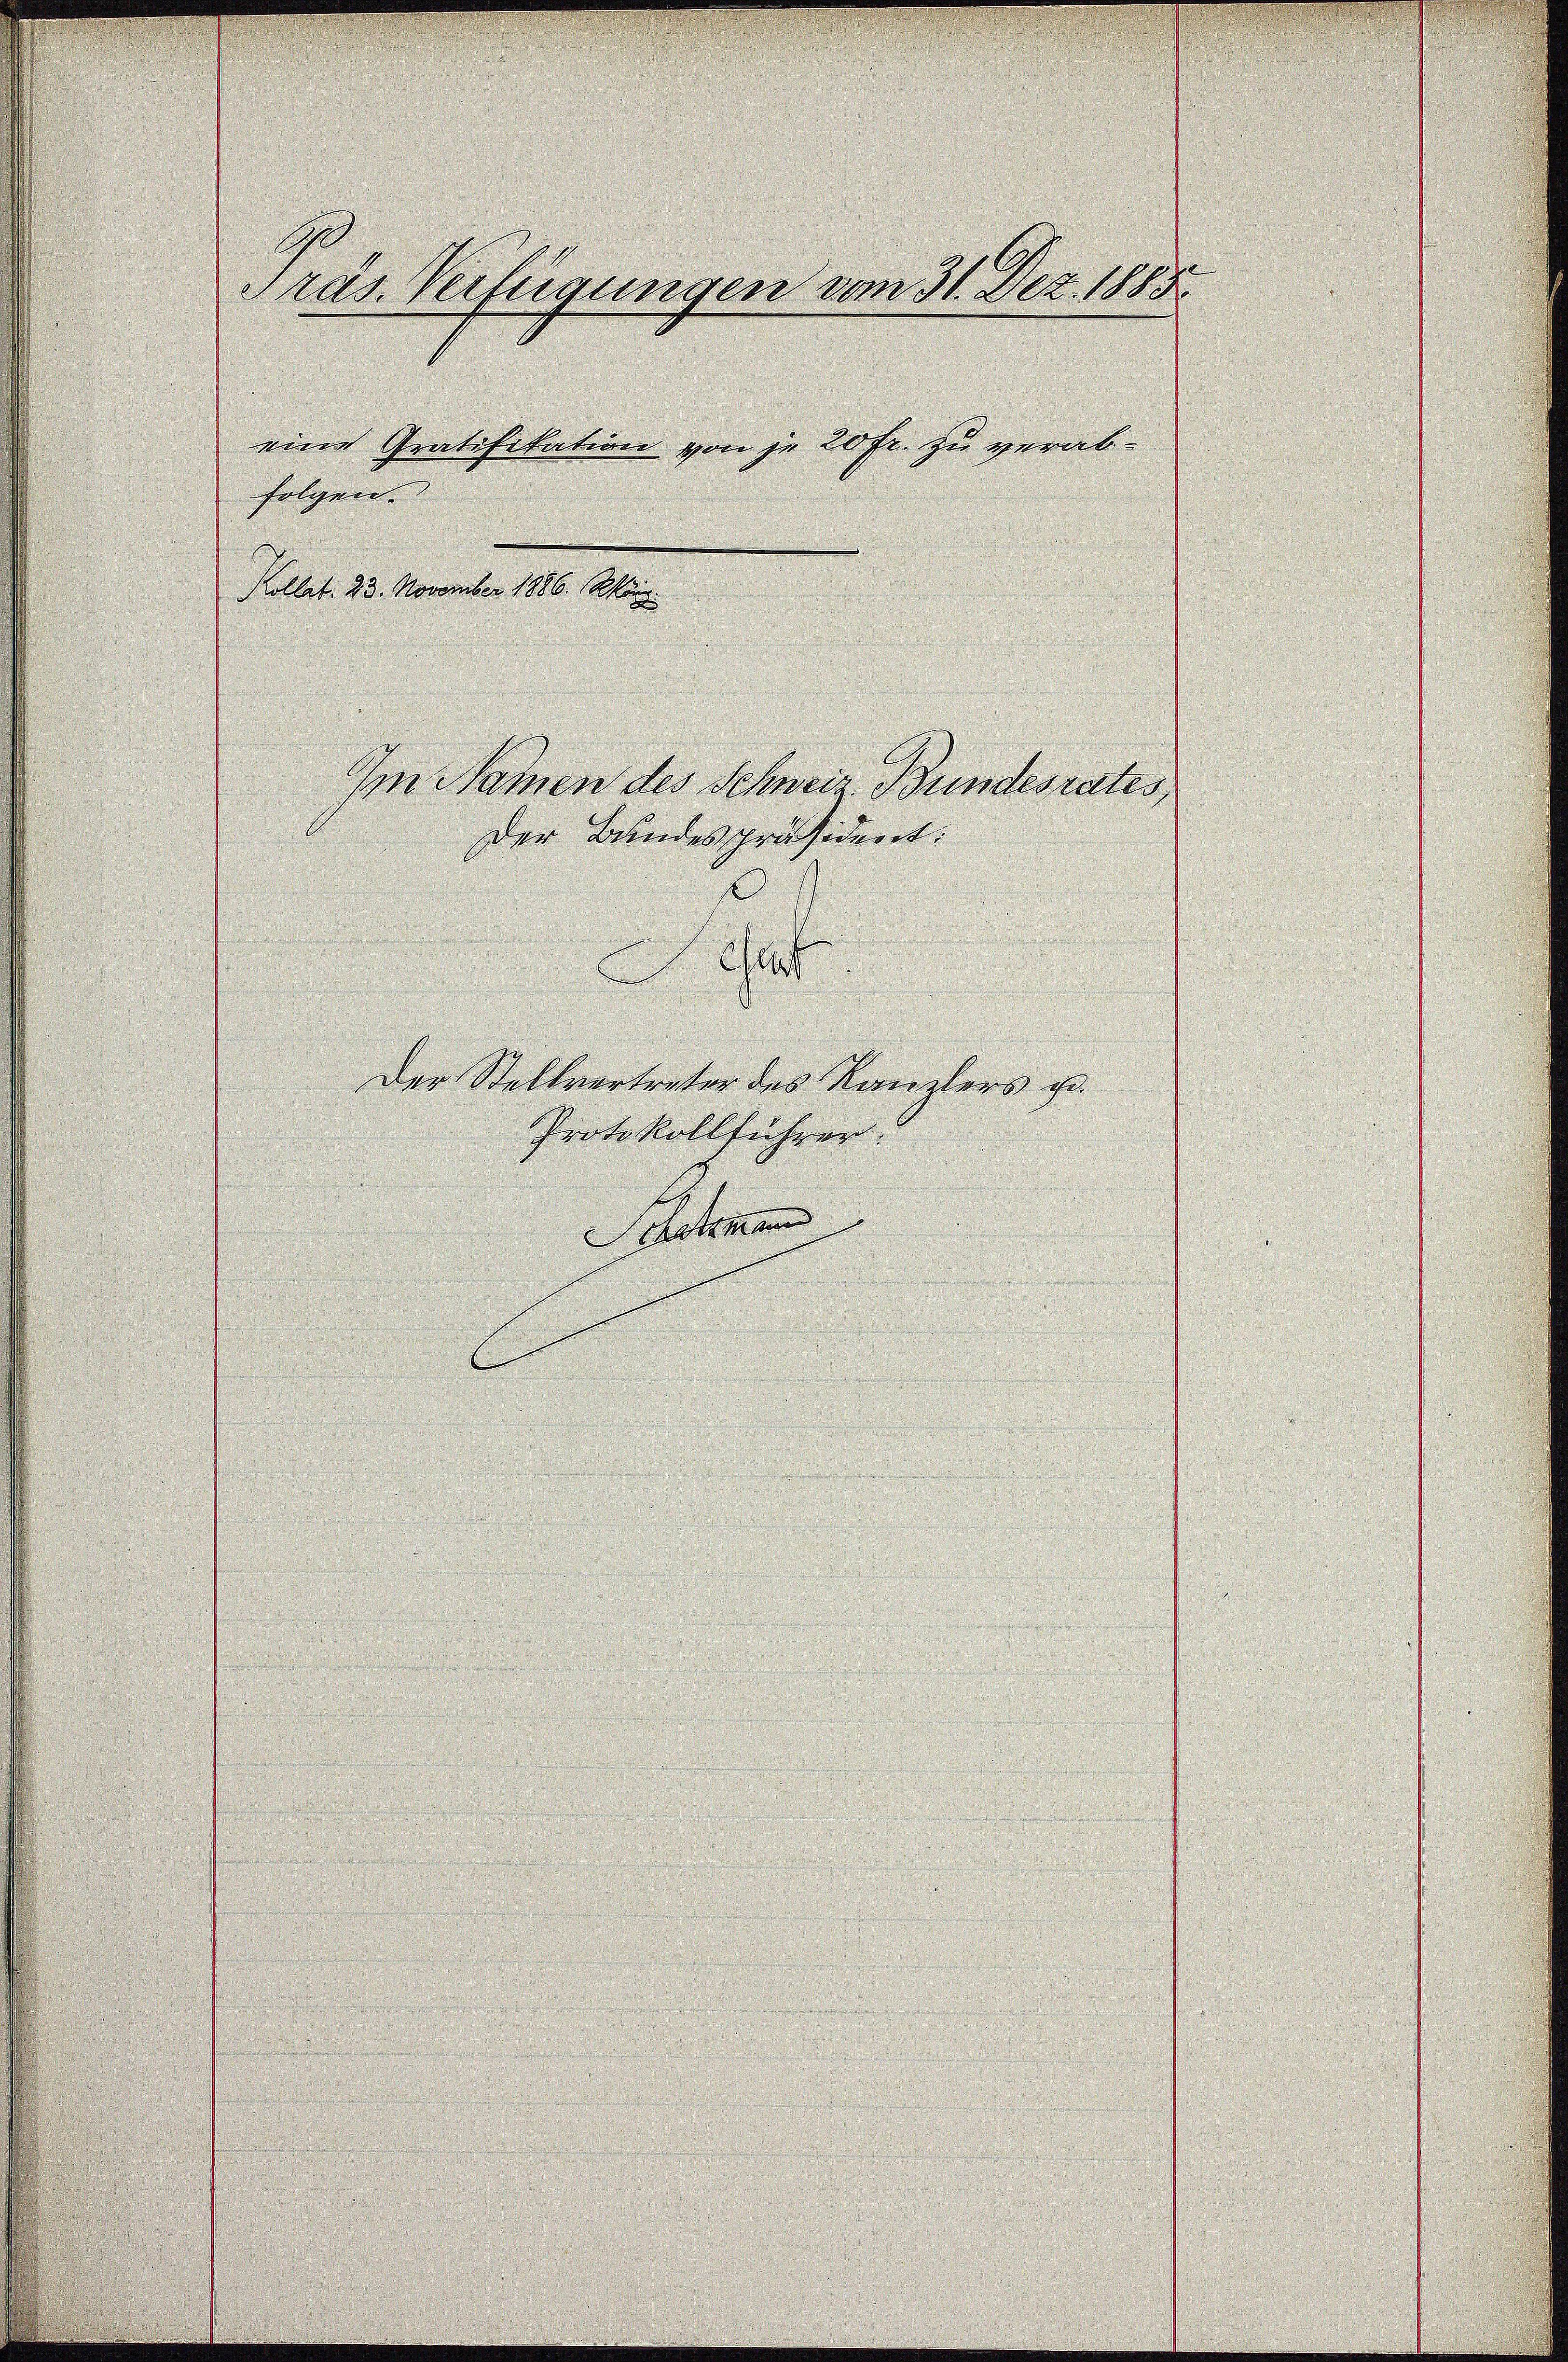
Präs. Verfügungen vom 31. Dez. 1885.

eine Gratifikation von je 20 fr. zu verabfolgen.
Kollet. 23. November 1886. März
Im Namen des Schweiz. Bundesrates,
Der Bundespräsident:
Gat
Der Stellvertreter des Kanzlers p.
Protokollführer:
Schemand